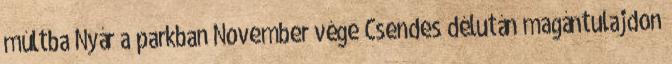
múltba Nyár a parkban November vége Csendes délután magántulajdon